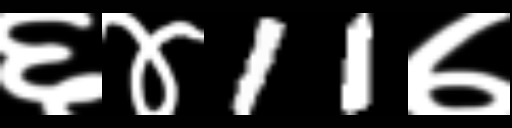
Text: ६४11७